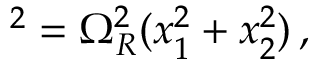
\d s ^ { 2 } = \Omega _ { R } ^ { 2 } ( \d x _ { 1 } ^ { 2 } + \d x _ { 2 } ^ { 2 } ) \, ,